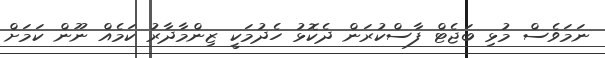
ނަމަވެސް މުޅި ބަޖެޓް ފާސްކުރަން ދެކޮޅު ހެދުމަކީ ޒިންމާދާރު ކަމެއް ނޫން ކަމަށް